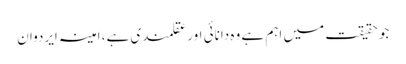
جو حقیقت میں اہم ہے وہ دانائی اور عقلمندی ہے، امینہ ایردوان